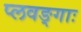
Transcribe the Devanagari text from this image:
प्लवङ्गाः